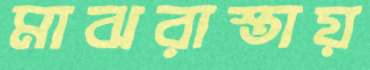
মাঝরাস্তায়